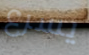
يسرع